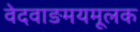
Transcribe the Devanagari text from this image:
वेदवाङमयमूलक